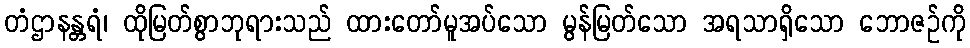
တံဌာနန္တရံ၊ ထိုမြတ်စွာဘုရားသည် ထားတော်မူအပ်သော မွန်မြတ်သော အရသာရှိသော ဘောဇဉ်ကို